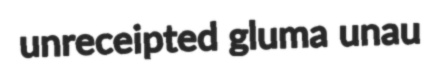
unreceipted gluma unau